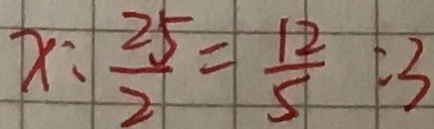
x : \frac { 2 5 } { 2 } = \frac { 1 2 } { 5 } : 3